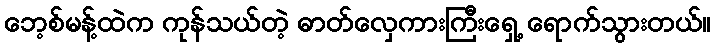
ဘေ့စ်မန့်ထဲက ကုန်သယ်တဲ့ ဓာတ်လှေကားကြီးရှေ့ ရောက်သွားတယ်။